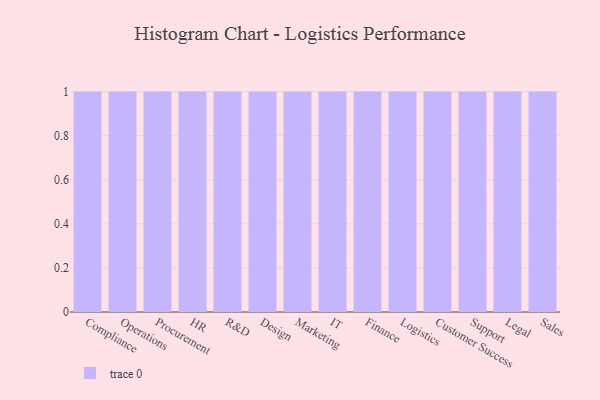
{"axis": {"x": "Department", "y": "LTV (USD)"}, "legend": [""], "data": [{"x": "Compliance", "y": 71, "type": ""}, {"x": "Operations", "y": 90, "type": ""}, {"x": "Procurement", "y": 75, "type": ""}, {"x": "HR", "y": 15, "type": ""}, {"x": "R&D", "y": 64, "type": ""}, {"x": "Design", "y": 75, "type": ""}, {"x": "Marketing", "y": 25, "type": ""}, {"x": "IT", "y": 10, "type": ""}, {"x": "Finance", "y": 13, "type": ""}, {"x": "Logistics", "y": 82, "type": ""}, {"x": "Customer Success", "y": 19, "type": ""}, {"x": "Support", "y": 67, "type": ""}, {"x": "Legal", "y": 63, "type": ""}, {"x": "Sales", "y": 97, "type": ""}]}